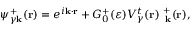
\psi _ { \gamma { \bf k } } ^ { + } ( { \bf r } ) = e ^ { i \bf { k } \cdot \bf { r } } + G _ { 0 } ^ { + } ( \varepsilon ) V _ { \gamma } ^ { t } ( \bf { r } ) \psi _ { \gamma \bf { k } } ^ { + } ( \bf { r } ) ,